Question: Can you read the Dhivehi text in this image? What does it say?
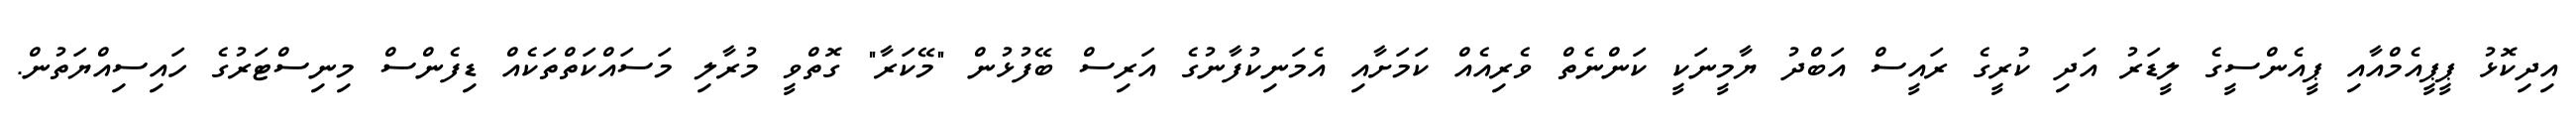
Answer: އިދިކޮޅު ޕީޕީއެމްއާއި ޕީއެންސީގެ ލީޑަރު އަދި ކުރީގެ ރައީސް އަބްދު ޔާމީނަކީ ކަންނެތް ވެރިއެއް ކަމަށާއި އެމަނިކުފާނުގެ އަރިސް ބޭފުޅުން "މޭކަރާ" ގޮތްވީ މުރާލި މަސައްކަތްތަކެއް ޑިފެންސް މިނިސްޓަރުގެ ހައިސިއްޔަތުން.